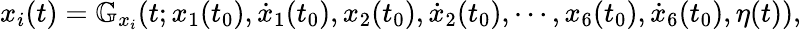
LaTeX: \begin{array}{r}{x_{i}(t)=\mathbb G_{x_{i}}(t;x_{1}(t_{0}),\dot{x}_{1}(t_{0}),x_{2}(t_{0}),\dot{x}_{2}(t_{0}),\cdots,x_{6}(t_{0}),\dot{x}_{6}(t_{0}),\eta(t)),}\end{array}